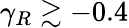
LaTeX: \gamma_{R}\gtrsim-0.4